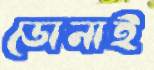
ডোনাই